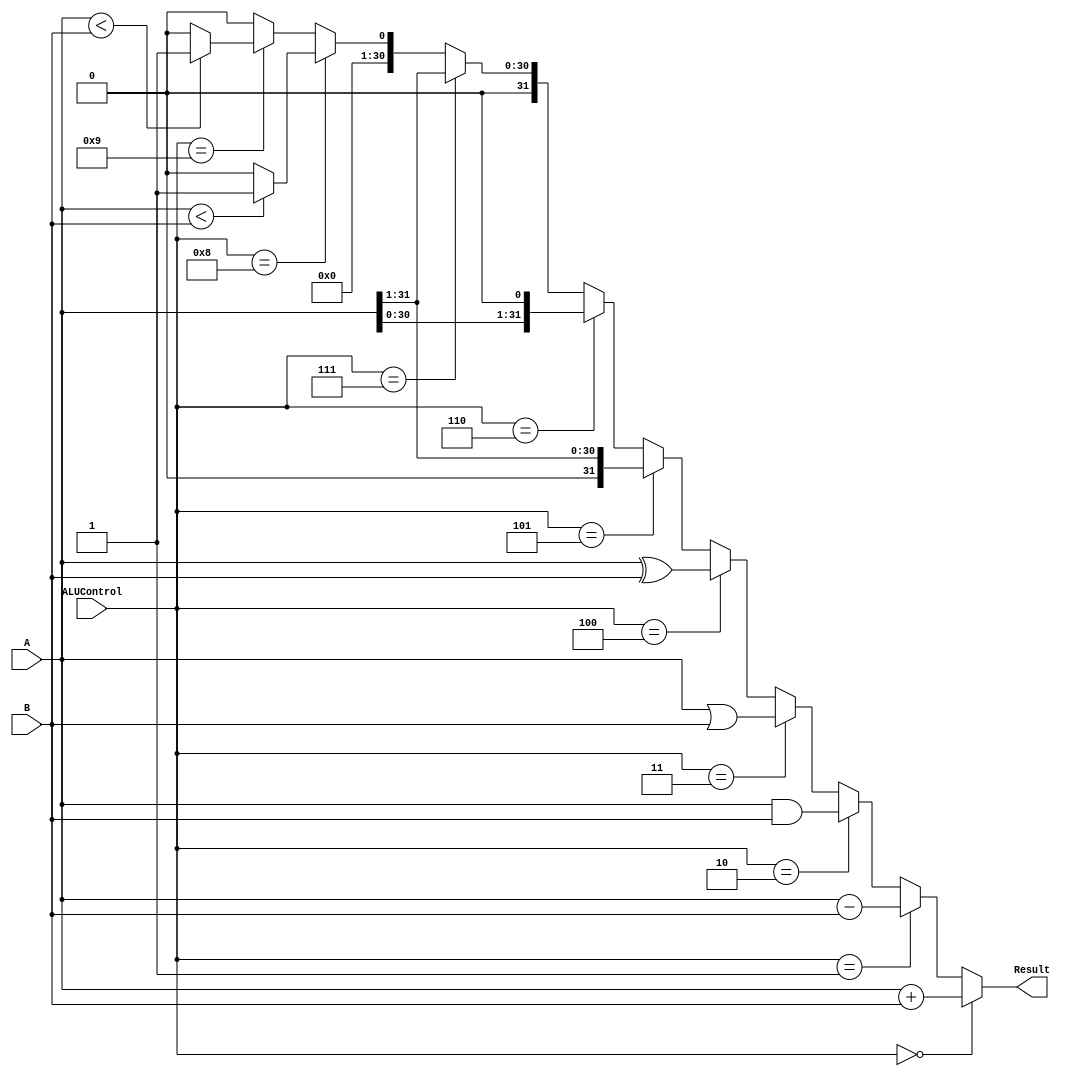
`timescale 1ns / 1ps
//////////////////////////////////////////////////////////////////////////////////
// Company: 
// Engineer: 
// 
// Design Name: 
// Module Name: alu
// Project Name: 
// Target Devices: 
// Tool Versions: 
// Description: 
// 
// Dependencies: 
// 
// Revision:
// Revision 0.01 - File Created
// Additional Comments:
// 
//////////////////////////////////////////////////////////////////////////////////


module alu(A,B,ALUControl,Result);

input [31:0]A,B;
input [3:0]ALUControl;
output [31:0] Result;

assign Result = (ALUControl[3:0]==4'b0000) ?A+B: 
               (ALUControl[3:0]==4'b0001)?A-B: 
               (ALUControl[3:0]==4'b0010)?A&B:
               (ALUControl[3:0]==4'b0011)?A|B:
               (ALUControl[3:0]==4'b0100)?A^B:
               (ALUControl[3:0]==4'b0101)?A>>1:
               (ALUControl[3:0]==4'b0110)?A<<1:
               (ALUControl[3:0]==4'b0111)?A>>>1:
               (ALUControl[3:0]==4'b1000)?($signed(A)<$signed(B))?1:0:
               (ALUControl[3:0]==4'b1001)?(A<B)?1:0:0;
            //    (ALUControl[3:0]==4'b1010)?B:0;


endmodule